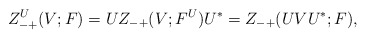
\begin{align*}Z_{-+}^U(V;F) = UZ_{-+}(V;F^U)U^* =Z_{-+}(UVU^*;F),\end{align*}